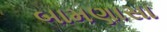
બામણાસા